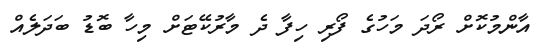
އާންމުކޮށް ރޯދަ މަހުގެ ފޯރި ހިފާ ދެ މާރުކޭޓަށް މިހާ ބޮޑު ބަދަލެއް